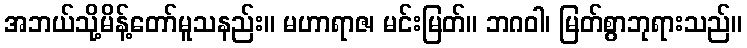
အဘယ်သို့မိန့်တော်မူသနည်း။ မဟာရာဇ၊ မင်းမြတ်။ ဘဂဝါ၊ မြတ်စွာဘုရားသည်။